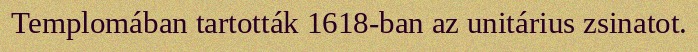
Templomában tartották 1618-ban az unitárius zsinatot.